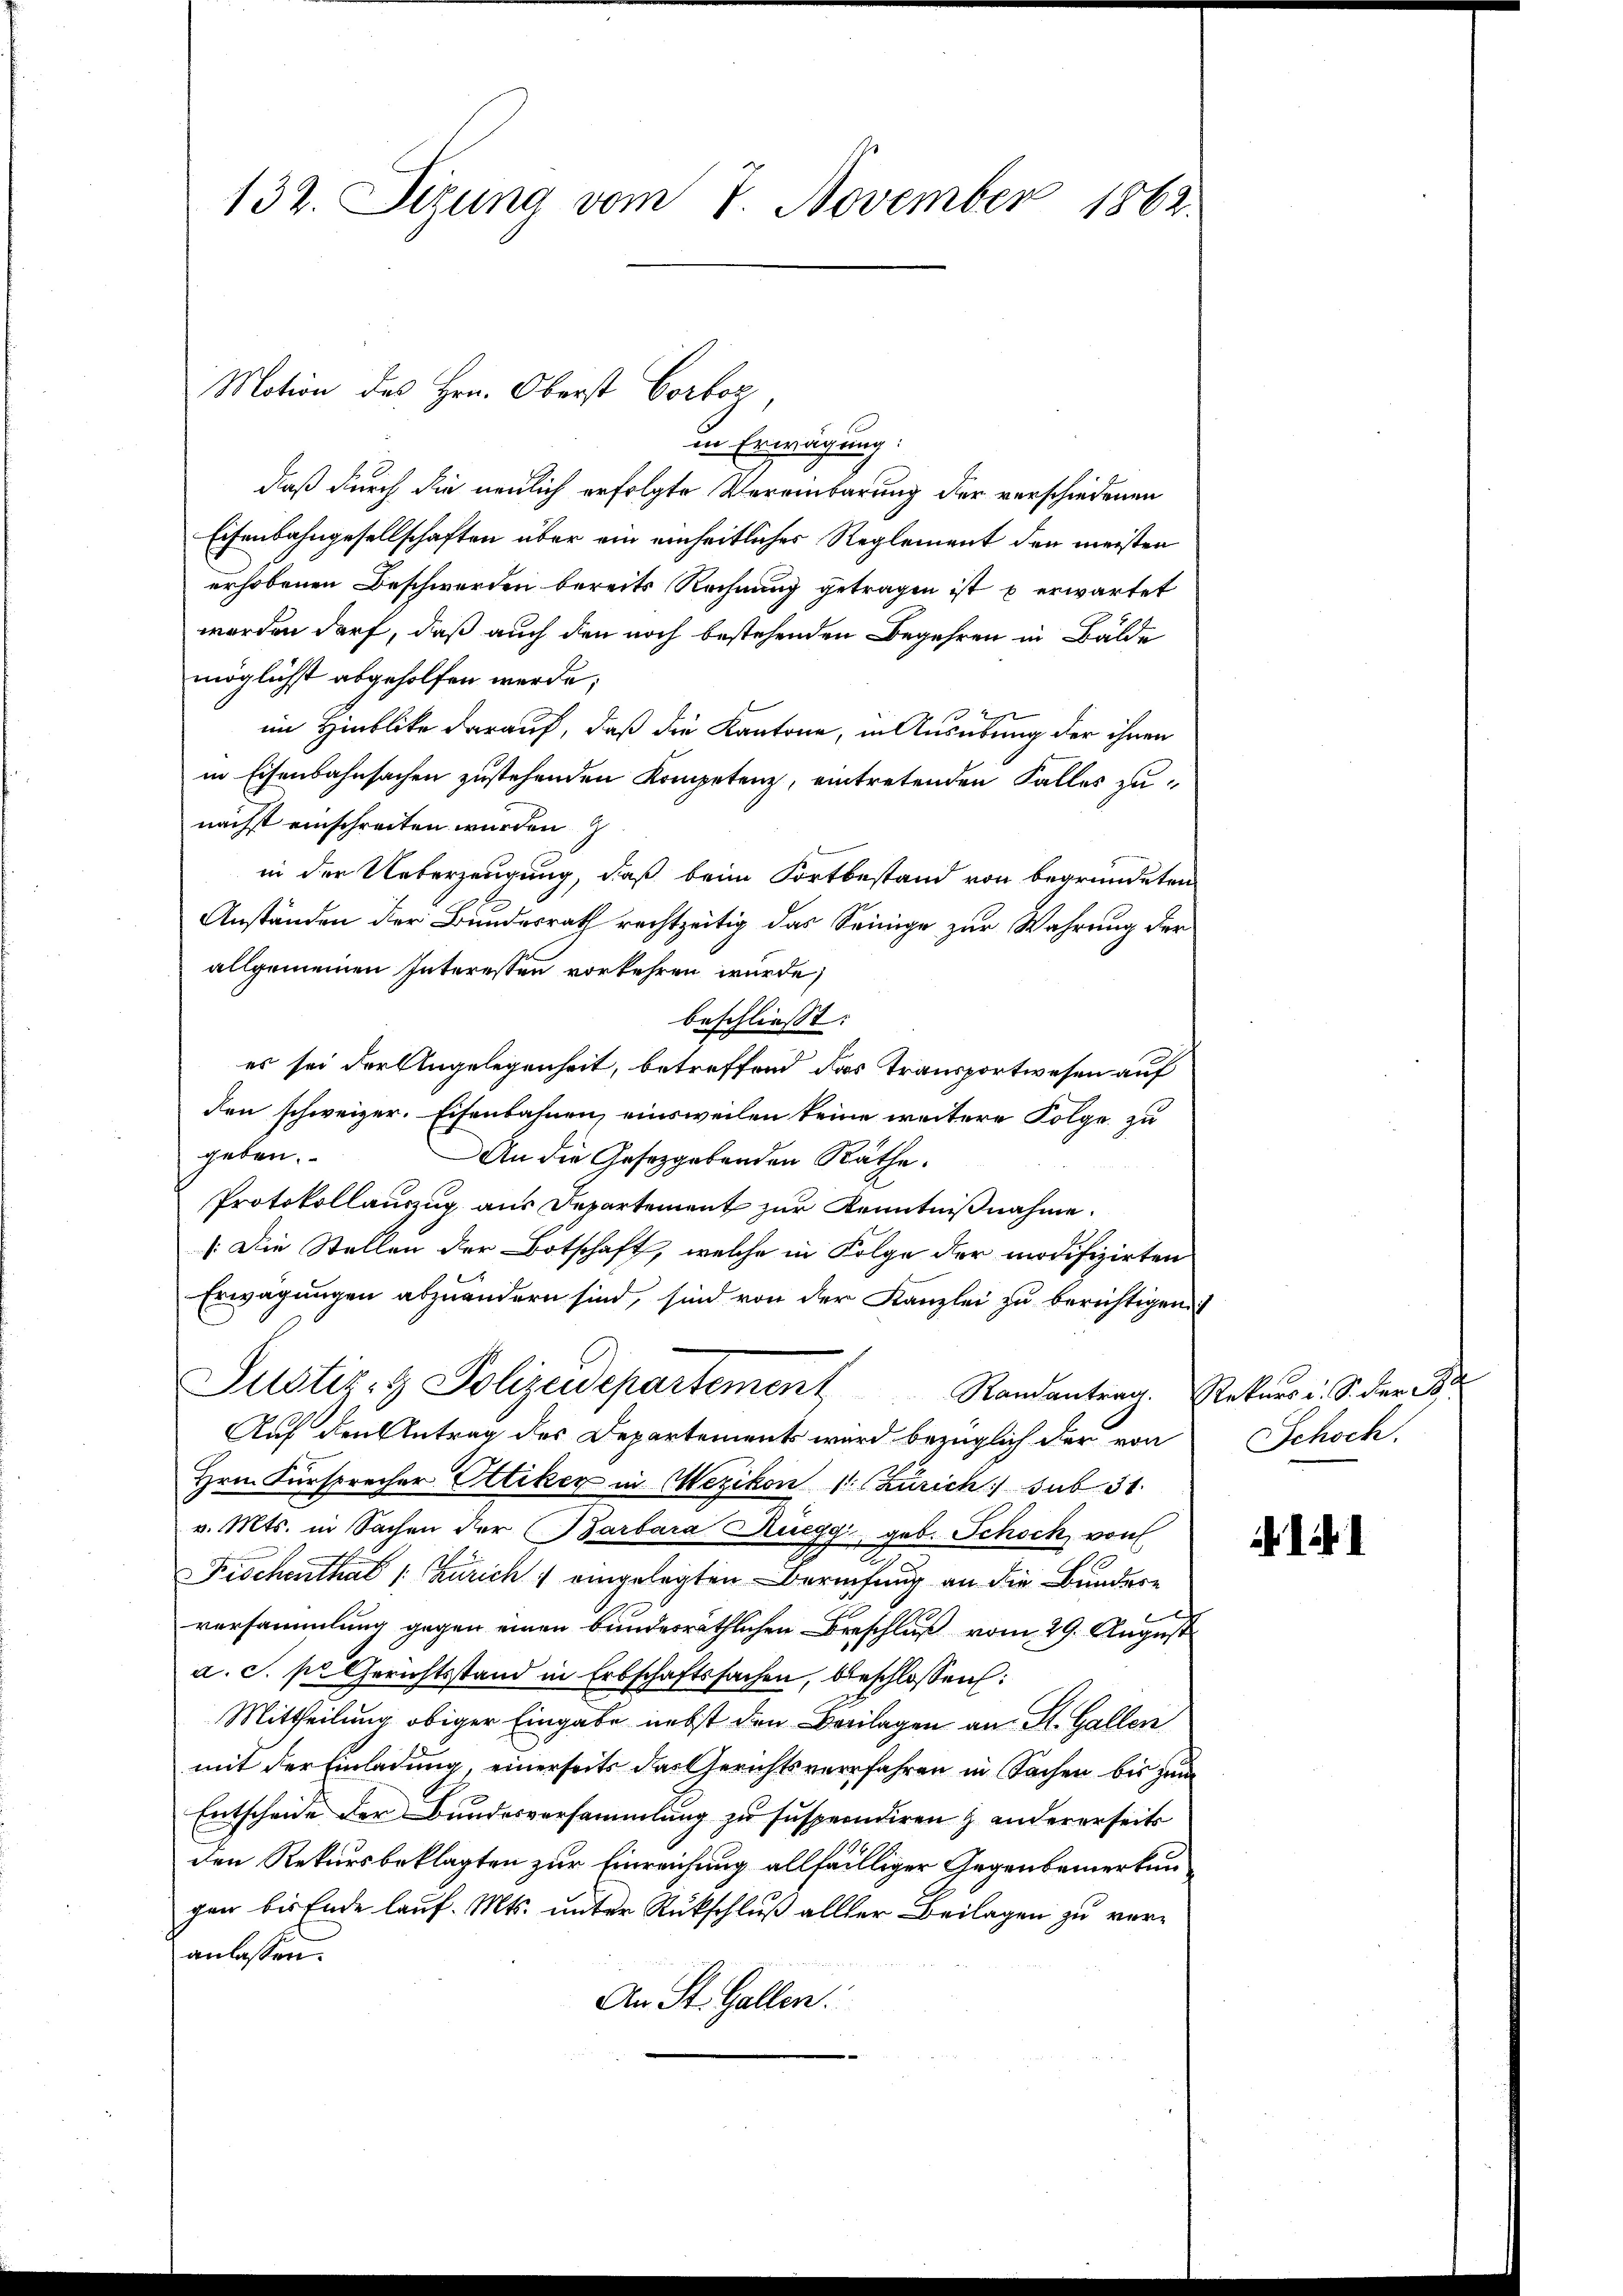
132. Sizung vom 7. November 1862.

Motion des Hrn. Oberst Corboz

in Erwägung:
daß durch die neulich erfolgte Vereinbarung der verschiedenen
Eisenbahngesellschaften über ein einheitliches Reglement den meisten
erhobenen Beschwerden bereits Rechnung getragen ist u erwartet
werden darf, daß auch den noch bestehenden Begehren in Bälde
möglichst abgeholfen werde;
im Hinblicke darauf, daß die Kantone, in Ausübung der ihnen
in Eisenbahnsachen zustehenden Kompetenz, eintretenden Falles zunächst einschreiten wurden
in der Ueberzeugung, daß beim Fortbestand von begründeten
Anständen der Bundesrath rechtzeitig das Seinige zur Wahrung der
allgemeinen Interessen vorkehren wurde,
beschliesst:
es sei der Angelegenheit, betreffend das Transportwesen auf
den schweizer. Eisenbahnen, einsweilen keine weitere Folge zu
geben.
An die Gesetzgebenden Räthe.
Protokollauszug aus Departement zur Kenntnißnahme.
/:Die Stellen der Botschaft, welche in Folge der modifizirten
Erwägungen abzuändern sind, sind von der Kanzlei zu berichtigen
Justiz- & Polizeidepartement Randantrag. Rekurs i. S. der B
Auf den Antrag des Departements wird bezüglich der von
Hrn. Fürsprecher Ottiker in Wezikon 1. Zürich sub 31.
v. Mts. in Sachen der Barbara Ruegg, geb. Schoch von
Fischenthal (: Zürich eingelegten Berufung an die Bundere
versammlung gegen einen bundesräthlichen Beschluß vom 29. August
a. c. pr. Gerichtsstand in Erbschaftssachen, beschlossen:
Mittheilung obiger Eingabe nebst den Borlagen an St. Gallen
mit der Einladung, einerseits das Gerichtsverfahren in Sachen bis zum
Entscheide der Bundesversammlung zu suspendiren & andererseits
den Rekursbeklagten zur Einreichung allfälliger Gegenbemerkungen bis Ende lauf. Mts. unter Rückschluß aller Beilagen zu veranlassen.
An St. Gallen.

Schoch.

da